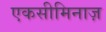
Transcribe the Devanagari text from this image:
एकसीमिनाज़